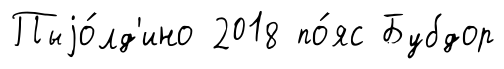
Пыjо́лд'ино 2018 по́яс Бубдор